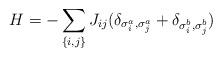
LaTeX: \begin{align*}H=-\sum_{\{i,j\}}J_{ij}(\delta_{\sigma^a_i,\sigma^a_j}+\delta_{\sigma^b_i,\sigma^b_j})\end{align*}